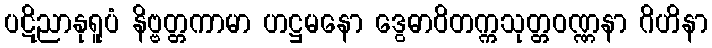
ပဋိညာနုရူပံ နိဗ္ဗတ္တကာမာ ဟဋ္ဌမနော ဒွေဓာဝိတက္ကသုတ္တဝဏ္ဏနာ ဂိဟိနာ